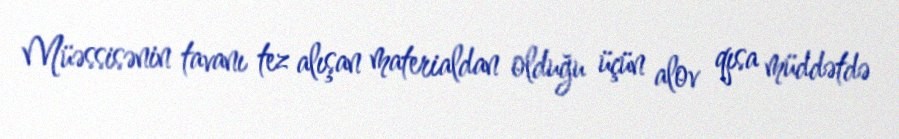
Müəssisənin tavanı tez alışan materialdan olduğu üçün alov qısa müddətdə